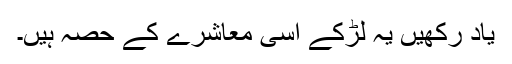
یاد رکھیں یہ لڑکے اسی معاشرے کے حصہ ہیں۔